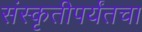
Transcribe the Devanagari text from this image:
संस्कृतीपर्यंतचा